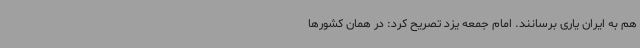
هم به ایران یاری برسانند. امام جمعه یزد تصریح کرد: در همان کشورها